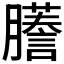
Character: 𫆾